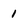
Character: 1